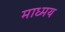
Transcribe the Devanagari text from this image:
माध्मय